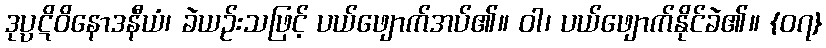
ဒုပ္ပဋိဝိနောဒနီယံ၊ ခဲယဉ်းသဖြင့် ပယ်ဖျောက်အပ်၏။ ဝါ၊ ပယ်ဖျောက်နိုင်ခဲ၏။ {၀၇}